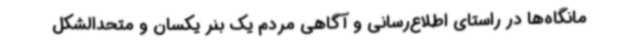
مانگاه‌ها در راستای اطلاع‌رسانی و آگاهی مردم یک بنر یکسان و متحدالشکل